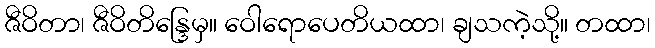
ဇီဝိတာ၊ ဇီဝိတိန္ဒြေမှ။ ဝေါရောပေတိယထာ၊ ချသကဲ့သို့။ တထာ၊